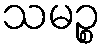
သမဉ္စ